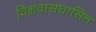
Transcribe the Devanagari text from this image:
विशवासघासित